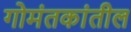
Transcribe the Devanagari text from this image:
गोमंतकांतील